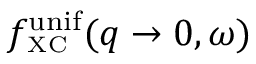
f _ { \scriptscriptstyle \mathrm { X C } } ^ { \mathrm { u n i f } } ( q \to 0 , \omega )